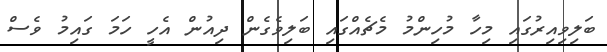
ބަލިވިއިރުގައި މިހާ މުހިންމު މެޗެއްގައި ބަލިވެގެން ދިއުން އެހީ ހަމަ ގައިމު ވެސް